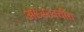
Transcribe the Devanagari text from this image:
अध्स्त्वचीय